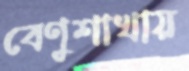
বেণুশাখায়